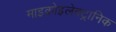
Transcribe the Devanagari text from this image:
माइक्रोइलेक्ट्रानिक